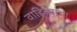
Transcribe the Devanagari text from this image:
वाहिल्याचा